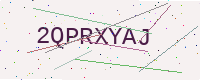
Text: 2QPRXYAJ